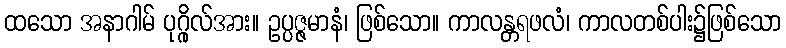
ထသော အနာဂါမ် ပုဂ္ဂိုလ်အား။ ဥပ္ပဇ္ဇမာနံ၊ ဖြစ်သော။ ကာလန္တရဖလံ၊ ကာလတစ်ပါး၌ဖြစ်သော